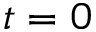
t = 0